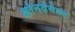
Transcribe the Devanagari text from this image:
कोनवेनेण्ट